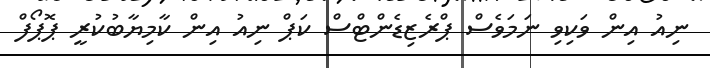
ނިއު އިން ވަކިވި ނަމަވެސް ޕްރެޒިޑެންޓްސް ކަޕް ނިއު އިން ކާމިޔާބުކުރީ ޕޮޕޯފް